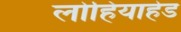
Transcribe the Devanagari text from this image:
लोहियाहेड